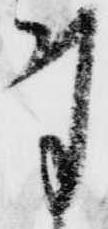
付